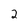
Character: 2